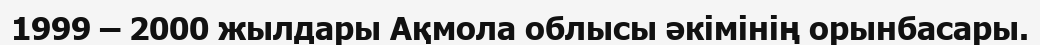
1999 – 2000 жылдары Ақмола облысы әкімінің орынбасары.